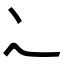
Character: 𬻿